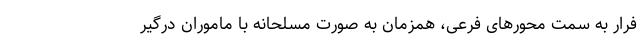
فرار به سمت محورهای فرعی، همزمان به صورت مسلحانه با ماموران درگیر